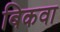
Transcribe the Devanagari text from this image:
बिकवा